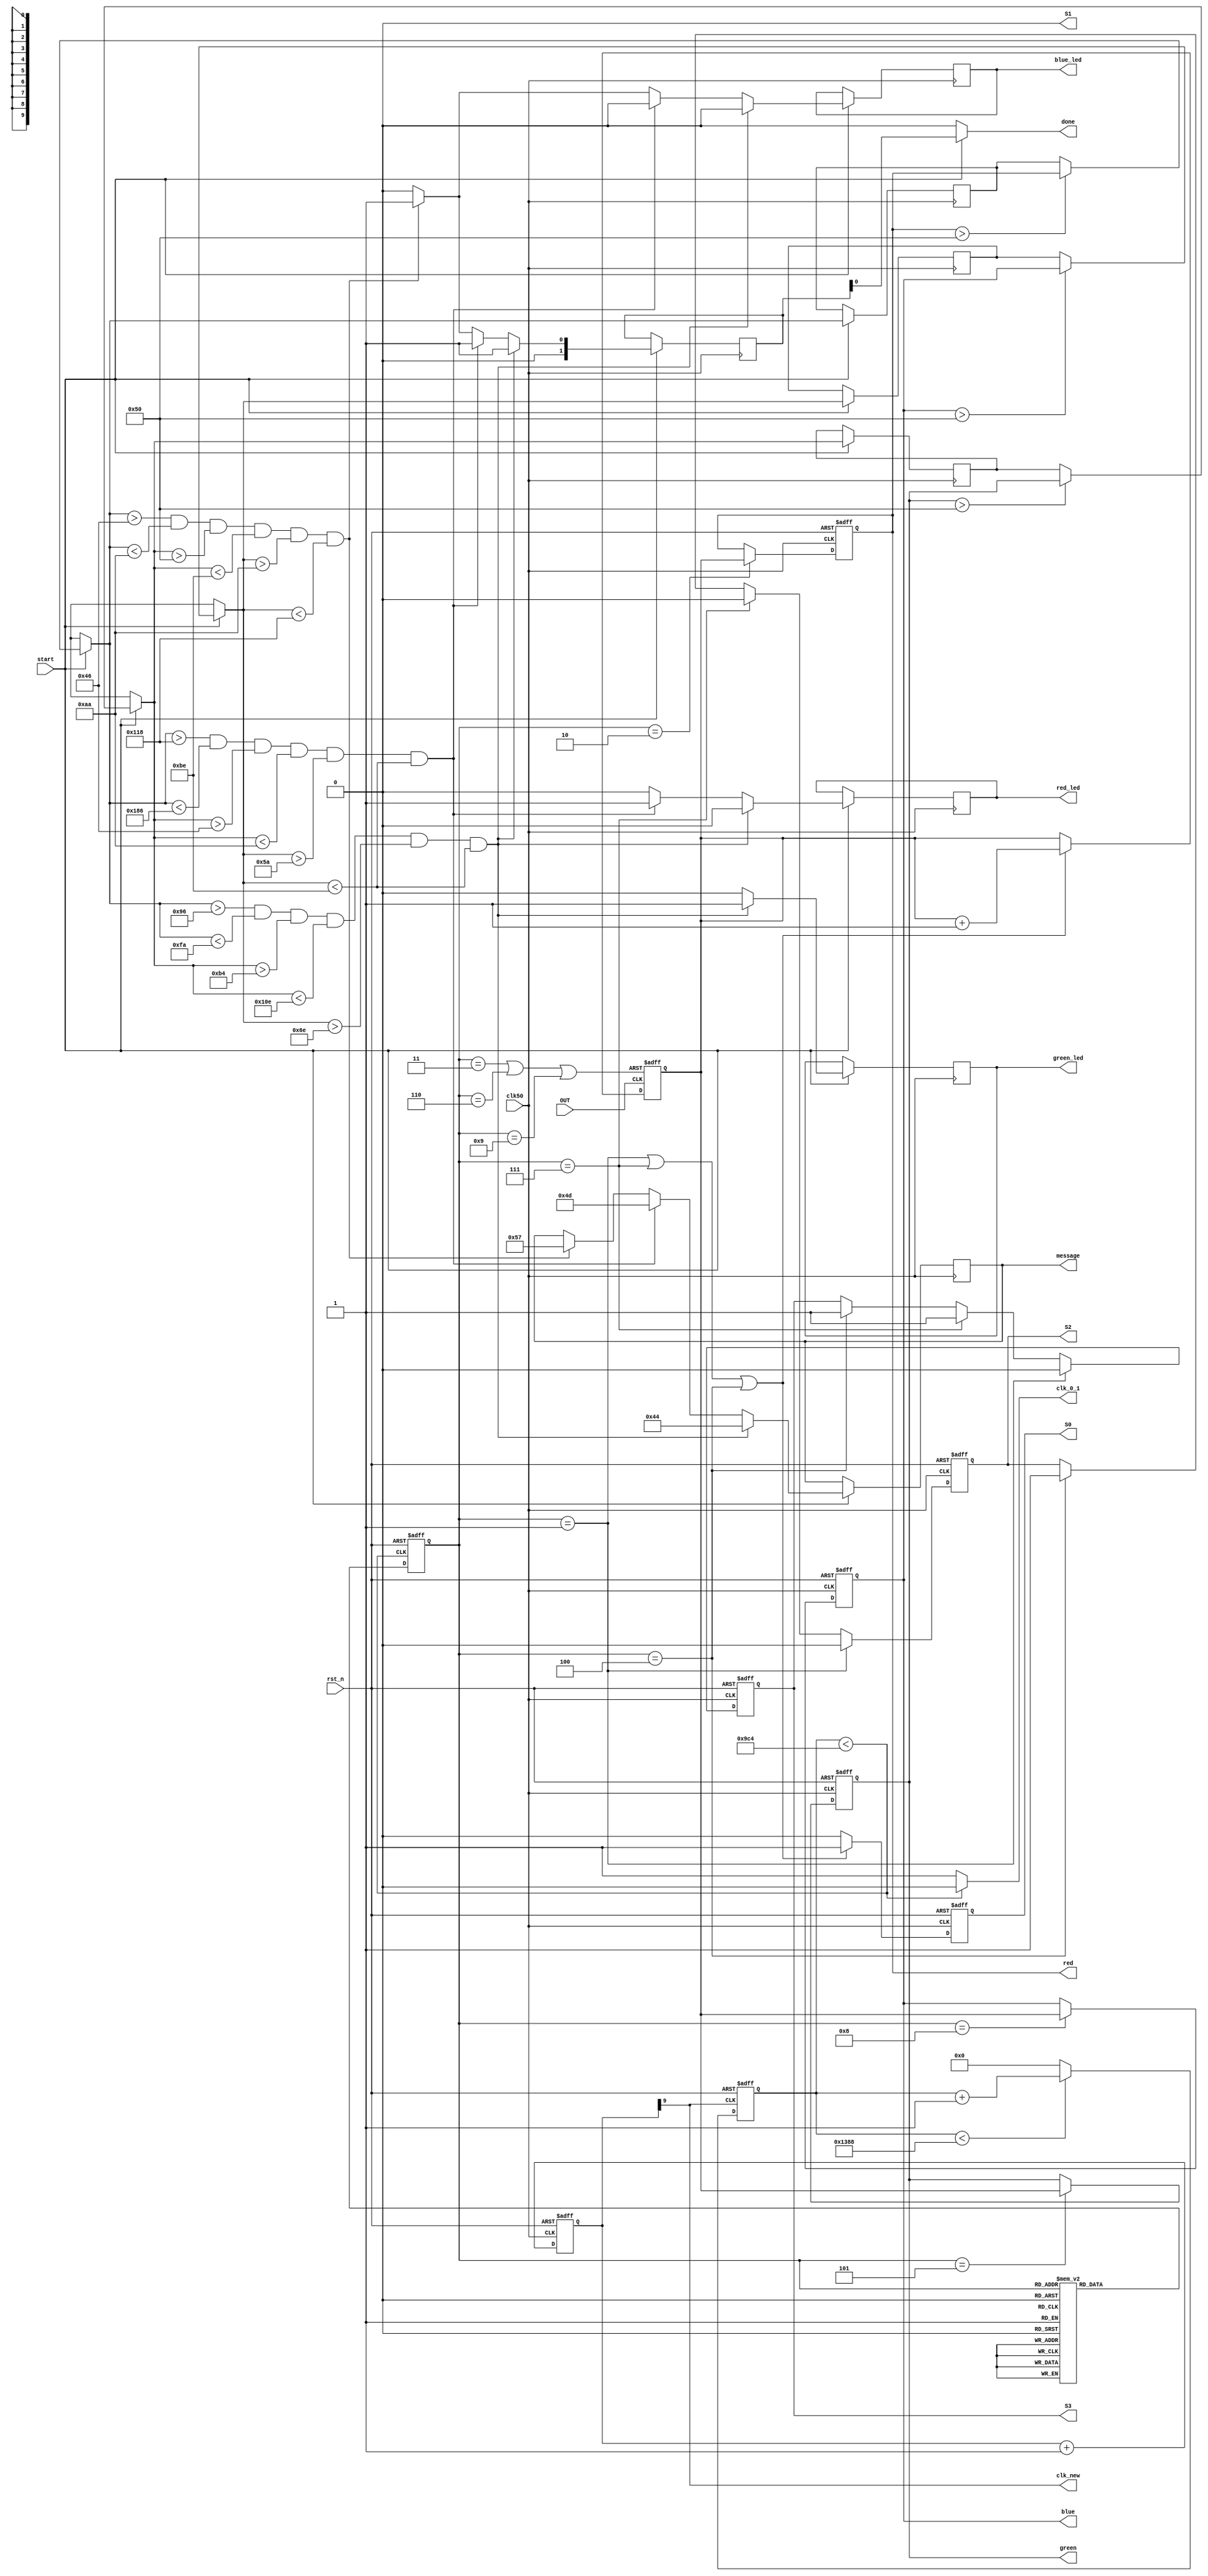
module SB_3320_color_sensor(rst_n,clk50,S0,S1,S2,S3,OUT,red,green, blue,clk_0_1,clk_new, red_led, blue_led, green_led, message,start, done);
	input start;
	input clk50,OUT,rst_n;
	output reg S0,S2,S3;
	output S1, red_led, blue_led, green_led;
	output reg [9:0] red, green, blue;
	output [7:0] message;
	output done;

	
	reg [9:0]red_final;
	reg [9:0]green_final;
	reg [9:0]blue_final;
	
	reg [7:0] message_temp;
	reg [1:0]done_temp;
	reg [3:0] PS, NS;
	reg [22:0] clk_div;
	parameter idle=4'd0 , enable_red=4'd1,disp_red=4'd2,count_zero_1=4'd3,enable_green=4'd4,disp_green=4'd5,count_zero_2=4'd6,enable_blue=4'd7, disp_blue=4'd8, count_zero_3=4'd9;
	reg [9:0] pulse_counter;
	reg red_led_value=1'b0;
	reg blue_led_value=1'b0;
	reg green_led_value=1'b0;
	output clk_0_1;
	output clk_new;
	reg [9:0]clk_divider;
	
	always @(posedge clk50, negedge rst_n)
	
	begin	
	
		if (!rst_n)
			clk_divider = 10'd0;
		else
			clk_divider <= clk_divider + 10'd1;
			
		end
	assign clk_new = clk_divider[9];
	
	always @(posedge clk_new, negedge rst_n)
	
	begin	
	 
		if (!rst_n)
			clk_div = 13'd0;
		else
			if (clk_div < 13'd5000)
				clk_div <= clk_div + 13'd1;
			else
				clk_div <= 13'd0;
		end
	assign clk_0_1 = (clk_div < 13'd2500)? 1'b0:1'b1;

		always @(posedge clk_0_1,negedge rst_n)
		
		begin
			
			if(!rst_n)
				PS <= idle;
			else	
				PS <=NS;
		end

		always @(PS)
		 
			begin
				
				 case (PS) 
			idle : 
				NS <= enable_red;
			enable_red: 
				NS <= disp_red;
			disp_red:
				NS <= count_zero_1;
			count_zero_1 :	
				NS <= enable_blue;
			enable_blue:
				NS <= disp_blue;
			disp_blue:
				NS <= count_zero_2;
			count_zero_2 :	
				NS <= enable_green;
			enable_green:
				NS <= disp_green;
			disp_green:
				NS <= count_zero_3;
			default :	
				NS <= enable_red;
			endcase	
		end
		
	//	assign S0 = 1'b1;
		assign S1 = 1'b0;
				
		always @(posedge clk50, negedge rst_n)
		
		begin
		 
			if (!rst_n)
			begin
				S2 <= 1'b0;
				S3 <= 1'b0;
		
			end
			else
				if (PS == enable_red)
				begin
					S2 <= 1'b0;
					S3 <= 1'b0;
				end
				else
					if (PS == enable_blue)
						begin
							S2 <= 1'b0;
							S3 <= 1'b1;
							
						end
					else
					if (PS == enable_green)
						begin
							S2 <= 1'b1;
							S3 <= 1'b1;
						end

						else
							begin	
								S2 <= S2;
								S3 <= S3;
						end
	
		end
		
		always @ (posedge clk50, negedge rst_n)
		
		begin
		 
			if (!rst_n)
			 S0 <= 1'b0;
			else
				if(PS == enable_red || PS == enable_blue || PS == enable_green)
					S0 <= 1'b1;
				else
					S0 <= 1'b0;
		
		end
		
		
		
			wire pulse_clear;	
			assign pulse_clear = (PS==count_zero_1 || PS== count_zero_2 || PS ==count_zero_3)? 1'b0:1'b1;
				always @(posedge OUT, negedge pulse_clear)
				
				begin
				 
					if (!pulse_clear)
						pulse_counter <= 10'd0;
					else
						if(PS==enable_red || PS== enable_blue || PS ==enable_green)
					   pulse_counter <= pulse_counter + 10'd1;
				end
				
			always @(posedge clk50,negedge rst_n)
			
				begin
				 
					if (!rst_n)
						red <= 10'd0;
					else
						if(PS == disp_red)
							red <= pulse_counter;
						else
							red <= red;
				end
				
			always @(posedge clk50,negedge rst_n)
			  
				begin
				 
					if (!rst_n)
						green <= 10'd0;
					else
						if(PS == disp_green) begin
							green <= pulse_counter;
						end
						else
							green <= green;
						
						
				end
				
				always @(posedge clk50,negedge rst_n)
				begin
				 
					if (!rst_n)
						blue <= 10'd0;
					else
						if(PS == disp_blue)
							blue <= pulse_counter;
						else
							blue <= blue;
				end
				

always@(posedge clk50)

if(start)
begin
 
if(red>80) red_final=red;
if(green>80)green_final=green;
if(blue>80)blue_final=blue;

if(red_final>150 && red_final<250 && green_final>180 && green_final<270 
		&& blue_final>110 && blue_final<190) 
		begin
		green_led_value=1'b1;
		red_led_value=1'b0;
		blue_led_value=1'b0;
		message_temp = 8'h44;
		done_temp=1'b1;
		end
		
		else if(red_final>280 && red_final<390 && green_final>70 && green_final<170 
		&& blue_final>90 && blue_final<190) begin 
		red_led_value=1'b1;
		green_led_value=1'b0;
		blue_led_value=1'b0;
		message_temp = 8'h4D;
		done_temp=1'b1;
		end
		
		else if(red_final>70 && red_final<170 && green_final>80 && green_final<190
		&& blue_final>170 && blue_final<280)
		begin
		blue_led_value=1'b1;
		red_led_value=1'b0;
		green_led_value=1'b0;
		message_temp = 8'h57;
		done_temp=1'b1;
		end 	
		
		
		else
				begin
				blue_led_value=1'b0;
				red_led_value=1'b0;
				green_led_value=1'b0;
				done_temp=1'b0;
			   end
		
		 	
end			
				assign red_led   = red_led_value;
				assign blue_led  = blue_led_value;
				assign green_led = green_led_value;
				
				assign done =(start)?done_temp:1'b0;
				assign message = message_temp;
				
endmodule